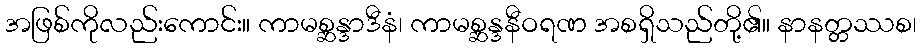
အဖြစ်ကိုလည်းကောင်း။ ကာမစ္ဆန္ဒာဒီနံ၊ ကာမစ္ဆန္ဒနီဝရဏ အစရှိသည်တို့၏။ နာနတ္တဿစ၊